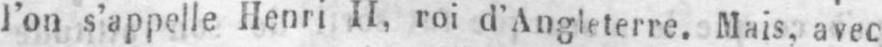
l’on s’appelle Henri II, roi d’Angleterre. Mais, avec